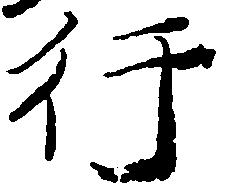
行